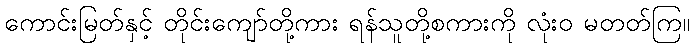
ကောင်းမြတ်နှင့် တိုင်းကျော်တို့ကား ရန်သူတို့စကားကို လုံးဝ မတတ်ကြ။